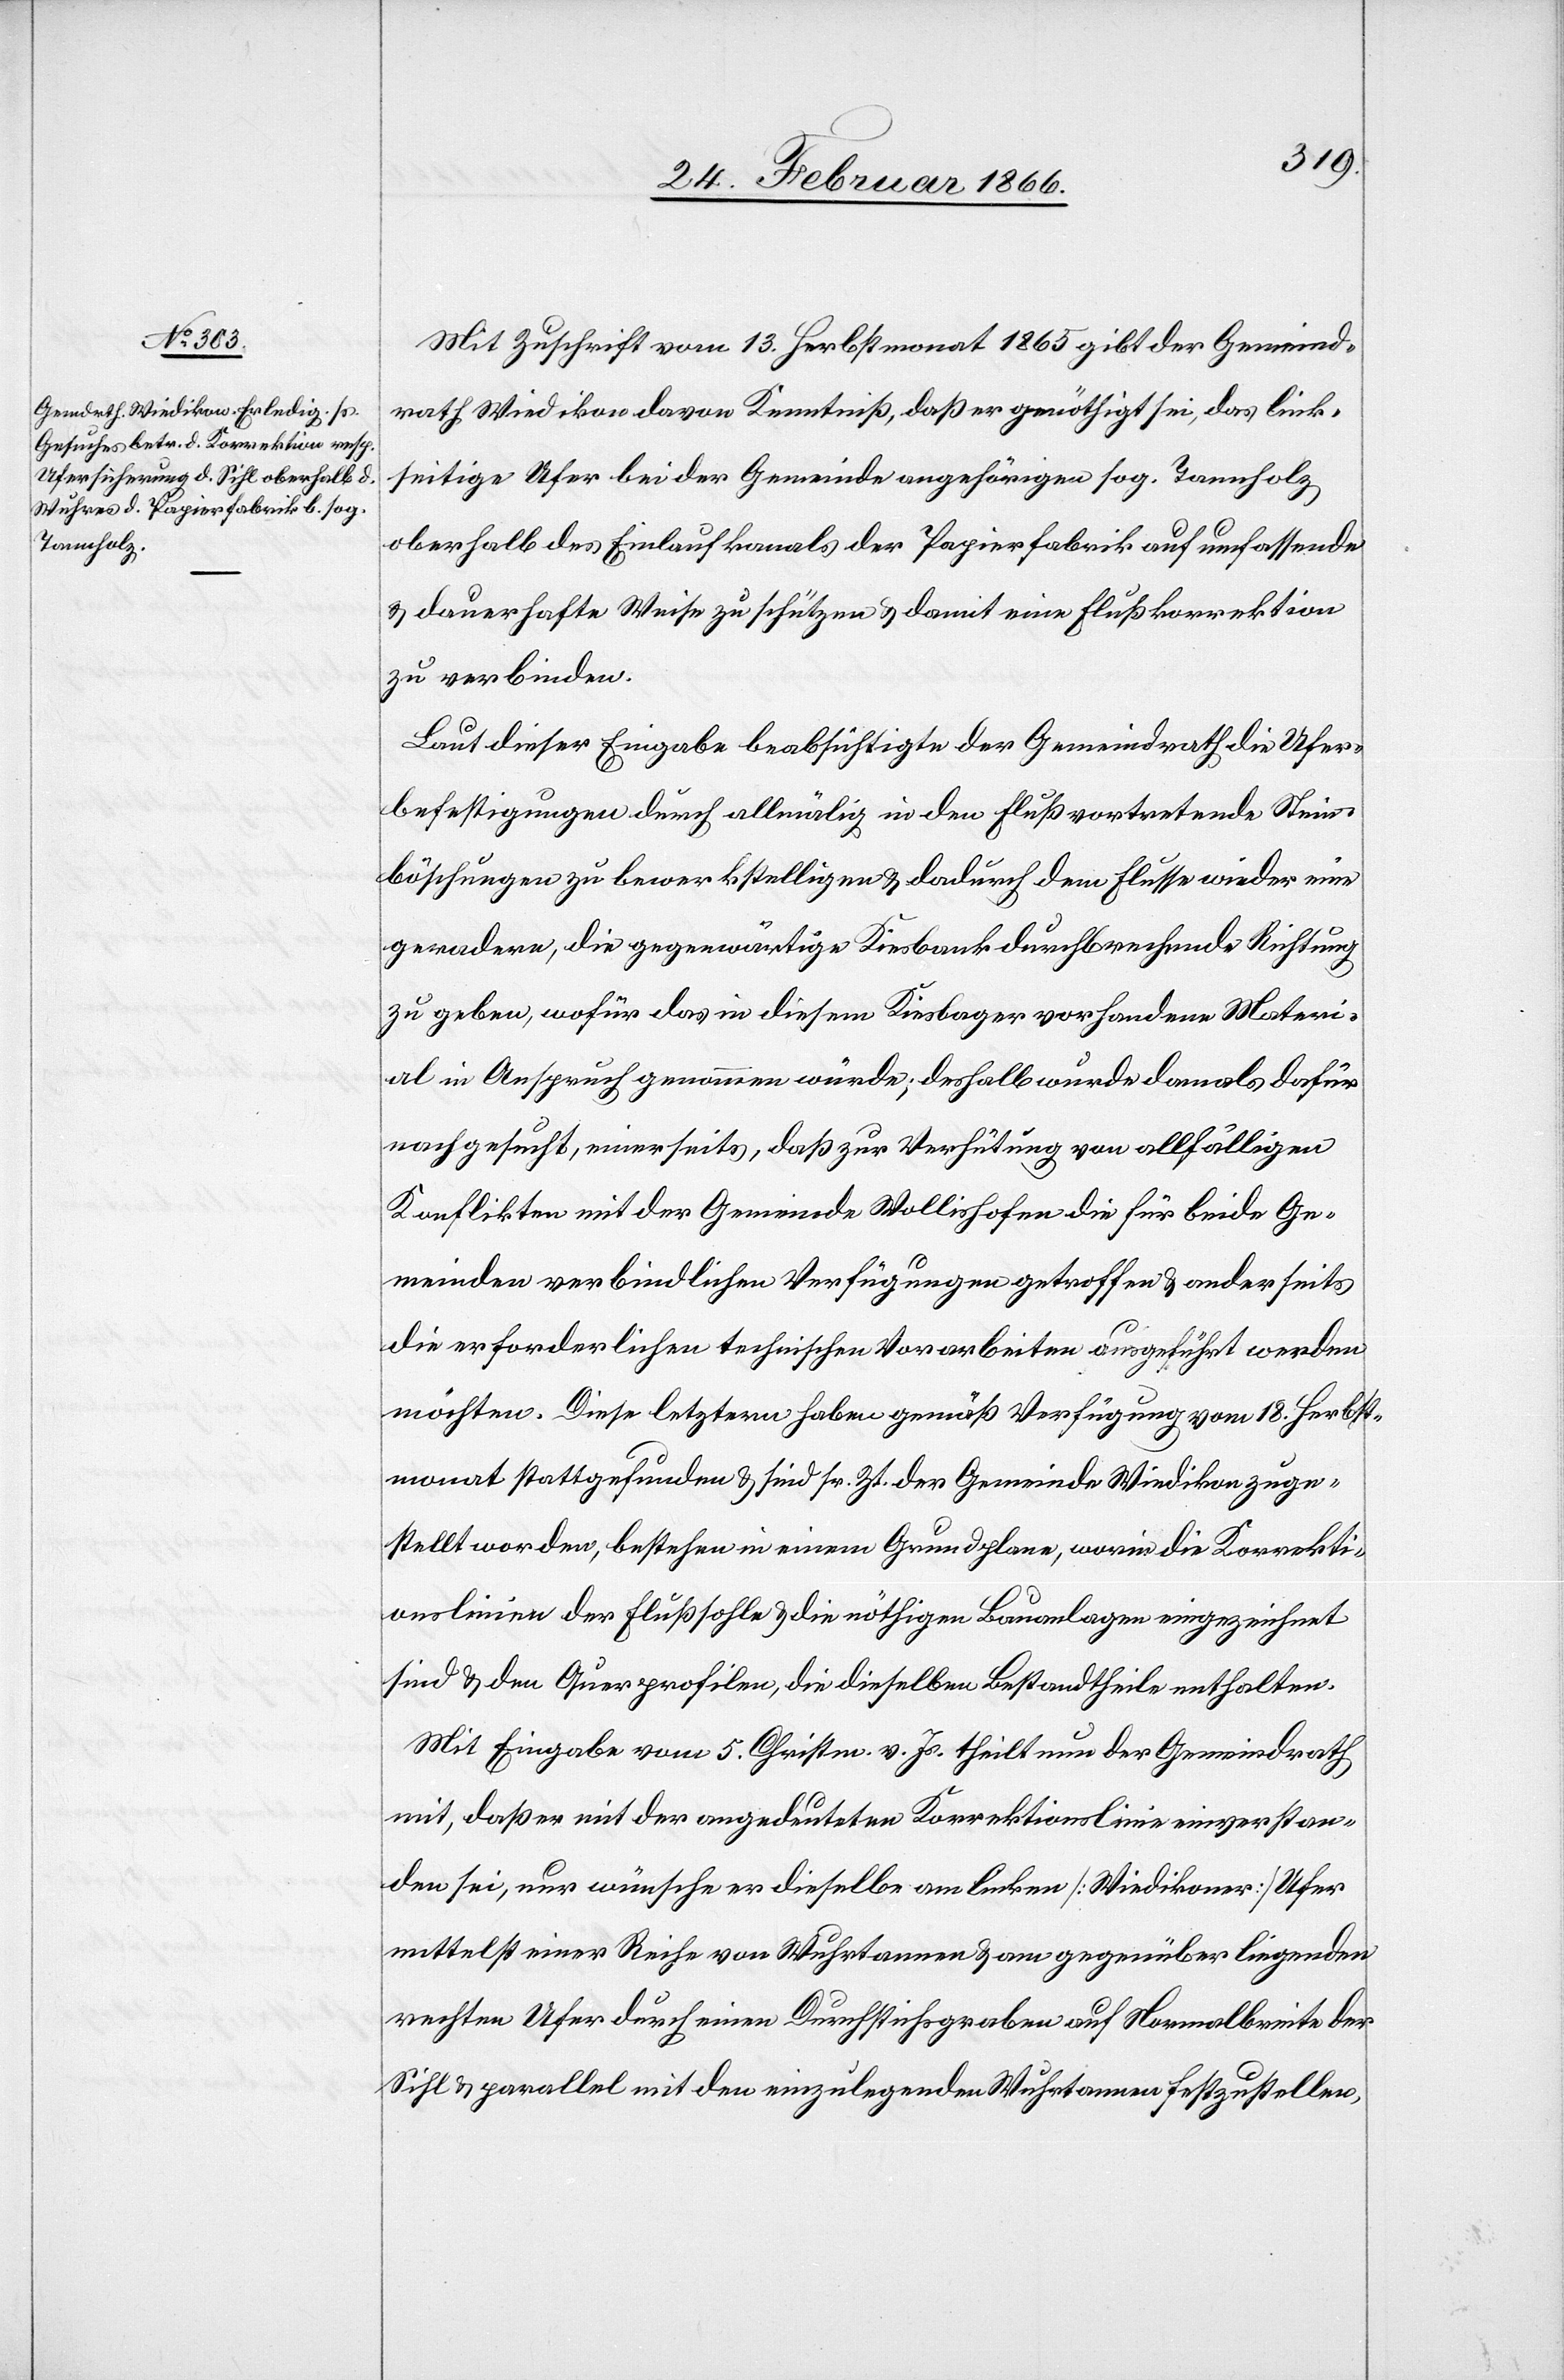
Mit Zuschrift vom 13. Herbstmonat 1865 gibt der Gemeind¬
rath Wiedikon davon Kenntniß, daß er genöthigt sei, das link¬
seitige Ufer bei der Gemeinde angehörigen sog. Tannholz
oberhalb des Einlaufkanals der Papierfabrik auf umfassende
u. dauerhafte Weise zu schützen u. damit eine Flußkorrektion
zu verbinden.
Laut dieser Eingabe beabsichtigte der Gemeindrath die Ufer¬
befestigungen durch allmälig in den Fluß vortretende Stein¬
böschungen zu bewerkstelligen u. dadurch dem Flusse wieder eine
geradere, die gegenwärtige Kiesbaute durchbrechende Richtung
zu geben, wofür das in diesem Kiesbager vorhandene Materi¬
al in Anspruch genommen würde, desfalls wurde damals dafür
nachgesucht, einerseits, daß zur Verhütung von allfälligen
Konflikten mit der Gemeinde Wollishofen die für beide Ge¬
meinden verbindlichen Verfügungen getroffen u. anderseits
die erforderlichen technischen Vorarbeiten ausgeführt werden
möchten. Diese letztere haben gemäß Verfügung vom 18. Herbst¬
monat stattgefunden u. sind sr. Zt. der Gemeinde Wiedikon zuge¬
stellt worden, bestehen in einem Grundplan, worin die Korrekti¬
onslinie der Flußsohle u. die nöthigen Bauanlagen eingezeichnet
sind u. den Querprofilen, die dieselben Bestandtheile enthalten.
Mit Eingabe vom 5. Christm. v. Js. theilt nun der Gemeindrath
mit, daß er mit der angedeuteten Korrektionslinie einverstan¬
den sei, nur wünsche er dieselbe am linken [Wiedikoner] Ufer
mittelst einer Reihe von Wuhrtannen u. am gegenüber liegenden
rechten Ufer durch einen Durchstichsgraben auf Normalbreite der
Sihl u. parallel mit den einzulegenden Wuhrtannen festzustellen,